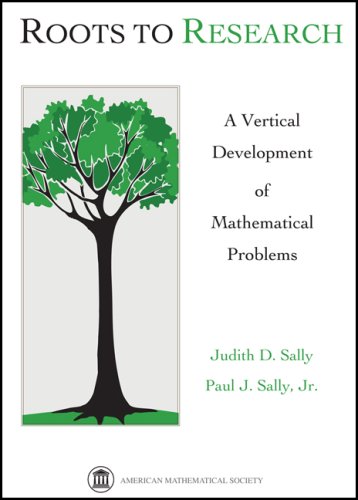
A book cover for Roots to Research; Judith D. Sally; Science & Math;